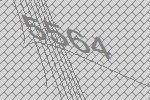
5564